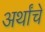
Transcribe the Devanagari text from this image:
अर्थांचे